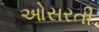
ઓસરતી